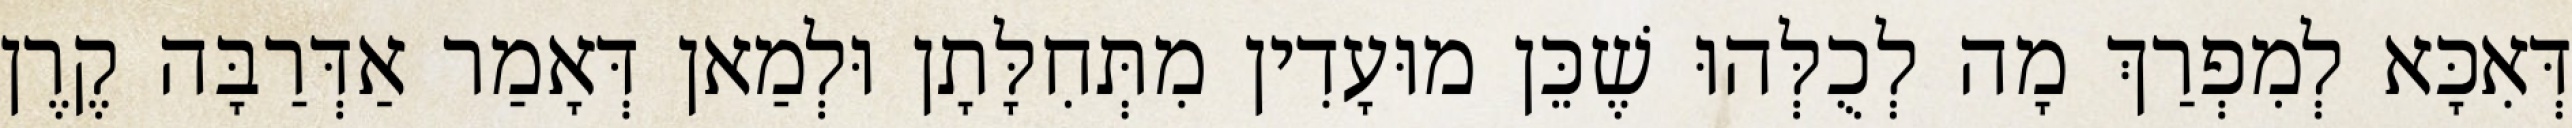
דְּאִכָּא לְמִפְרַךְ מָה לְכֻלְּהוּ שֶׁכֵּן מוּעָדִין מִתְּחִלָּתָן וּלְמַאן דְּאָמַר אַדְּרַבָּה קֶרֶן